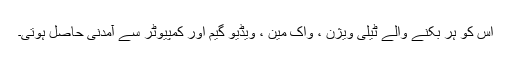
اس کو ہر بکنے والے ٹیلی ویژن ، واک مین ، ویڈیو گیم اور کمپیوٹر سے آمدنی حاصل ہوتی۔